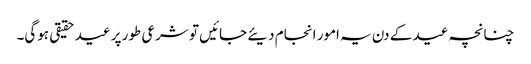
چنانچہ عید کے دن یہ امور انجام دیئے جائیں تو شرعی طور پر عید حقیقی ہوگی۔